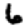
Digit: 6